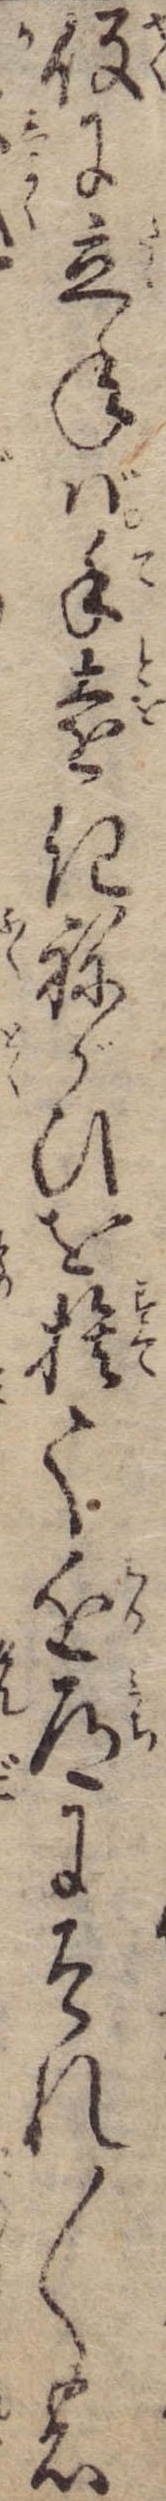
役に立ねば手遠きねがひを捨て近道にそれ〱の